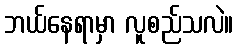
ဘယ်နေရာမှာ လူစည်သလဲ။